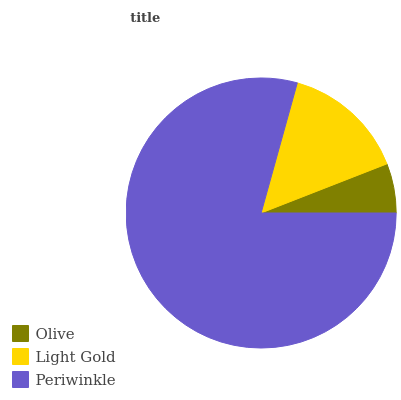
| Olive | Light Gold | Periwinkle |
 | --- | --- | --- |
 | 5.92% | 14.8% | 79.3% |